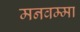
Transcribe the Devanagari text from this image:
मनवम्मा